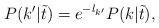
LaTeX: \begin{align*} P(k'|\tilde{t}) = e^{-l_{k'}} P(k|\tilde{t}),\end{align*}